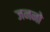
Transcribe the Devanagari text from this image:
जननो